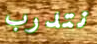
نتدرب